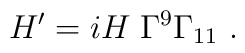
H^\prime =  i H\; \Gamma^9\Gamma_{11}  \ .